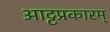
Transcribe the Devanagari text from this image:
आट्टप्रकारम्